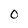
Character: 0